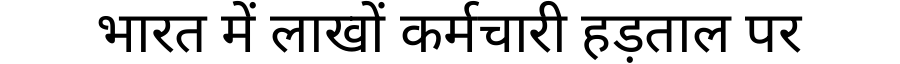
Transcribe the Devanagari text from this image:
भारत में लाखों कर्मचारी हड़ताल पर